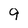
Character: 9